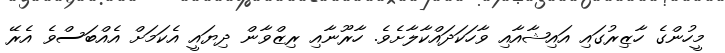
މީހުންގެ ހާޒިރުގައި އައިޝާއާއި ވާހަކަދައްކާލާށެވެ. ހާރޫނާއި ރިޒްވާން ދިޔައީ އެކަމަށް އެއްބަސްވެ އެރޭ